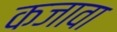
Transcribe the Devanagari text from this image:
कजावा